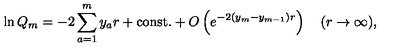
\ln Q _ { m } = - 2 \sum _ { a = 1 } ^ { m } y _ { a } r + \mathrm { c o n s t . } + O \left( e ^ { - 2 ( y _ { m } - y _ { m - 1 } ) r } \right) \quad ( r \to \infty ) ,